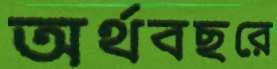
অর্থবছরে